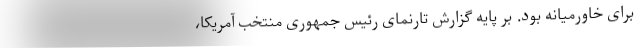
برای خاورمیانه بود. بر پایه گزارش تارنمای رئیس جمهوری منتخب آمریکا،